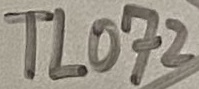
Text: TL072